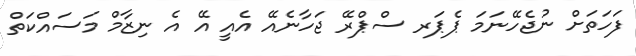
ފަހަތަށް ނުޖެހޭނަމަ ޕެޕަރ ސްޕްރޭ ޖަހާނެއޭ އެއީ އޭ އެ ނިޒާމް މަސައްކަތް